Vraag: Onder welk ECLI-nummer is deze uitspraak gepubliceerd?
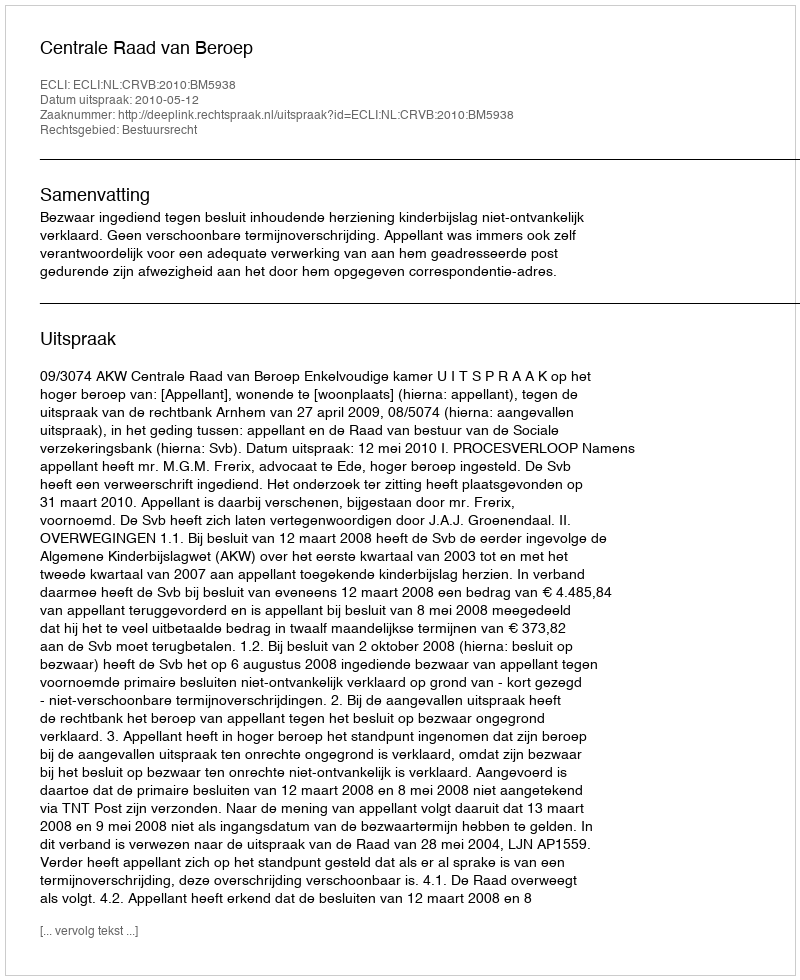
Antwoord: ECLI:NL:CRVB:2010:BM5938